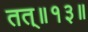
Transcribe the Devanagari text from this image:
तत्॥१३॥